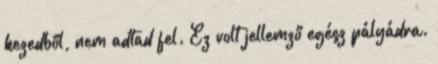
kezedből, nem adtad fel. Ez volt jellemző egész pályádra.